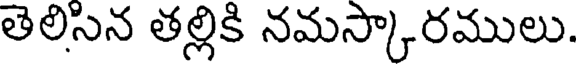
తెలిసిన తల్లికి నమస్కారములు.